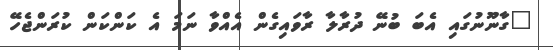
"ގާނޫނުގައި އެބަ ބުނޭ ދުރާލާ ރާވައިގެން އެއްވާ ނަމަ އެ ކަންކަން ކުރަންޖެހޭ